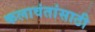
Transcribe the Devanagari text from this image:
कलावंतांसाठी